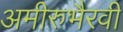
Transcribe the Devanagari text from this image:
अमीरुभैरवी